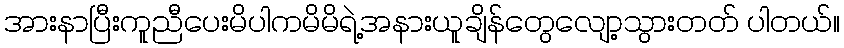
အားနာပြီးကူညီပေးမိပါကမိမိရဲ့အနားယူချိန်တွေလျော့သွားတတ် ပါတယ်။